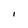
Character: i